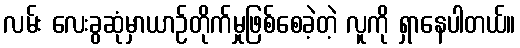
လမ်း လေးခွဆုံမှာယာဉ်တိုက်မှုဖြစ်စေခဲ့တဲ့ လူကို ရှာနေပါတယ်။